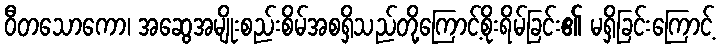
ဝီတသောကော၊ အဆွေအမျိုးစည်းစိမ်အစရှိသည်တို့ကြောင့်စိုးရိမ်ခြင်း၏ မရှိခြင်းကြောင့်